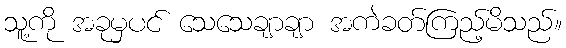
သူ့ကို အခုမှပင် သေသေချာချာ အကဲခတ်ကြည့်မိသည်။